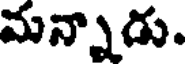
మన్నాడు.